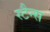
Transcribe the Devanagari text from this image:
स्टैन्स